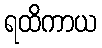
ရထိကာယ